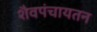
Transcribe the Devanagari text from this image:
शैवपंचायतन